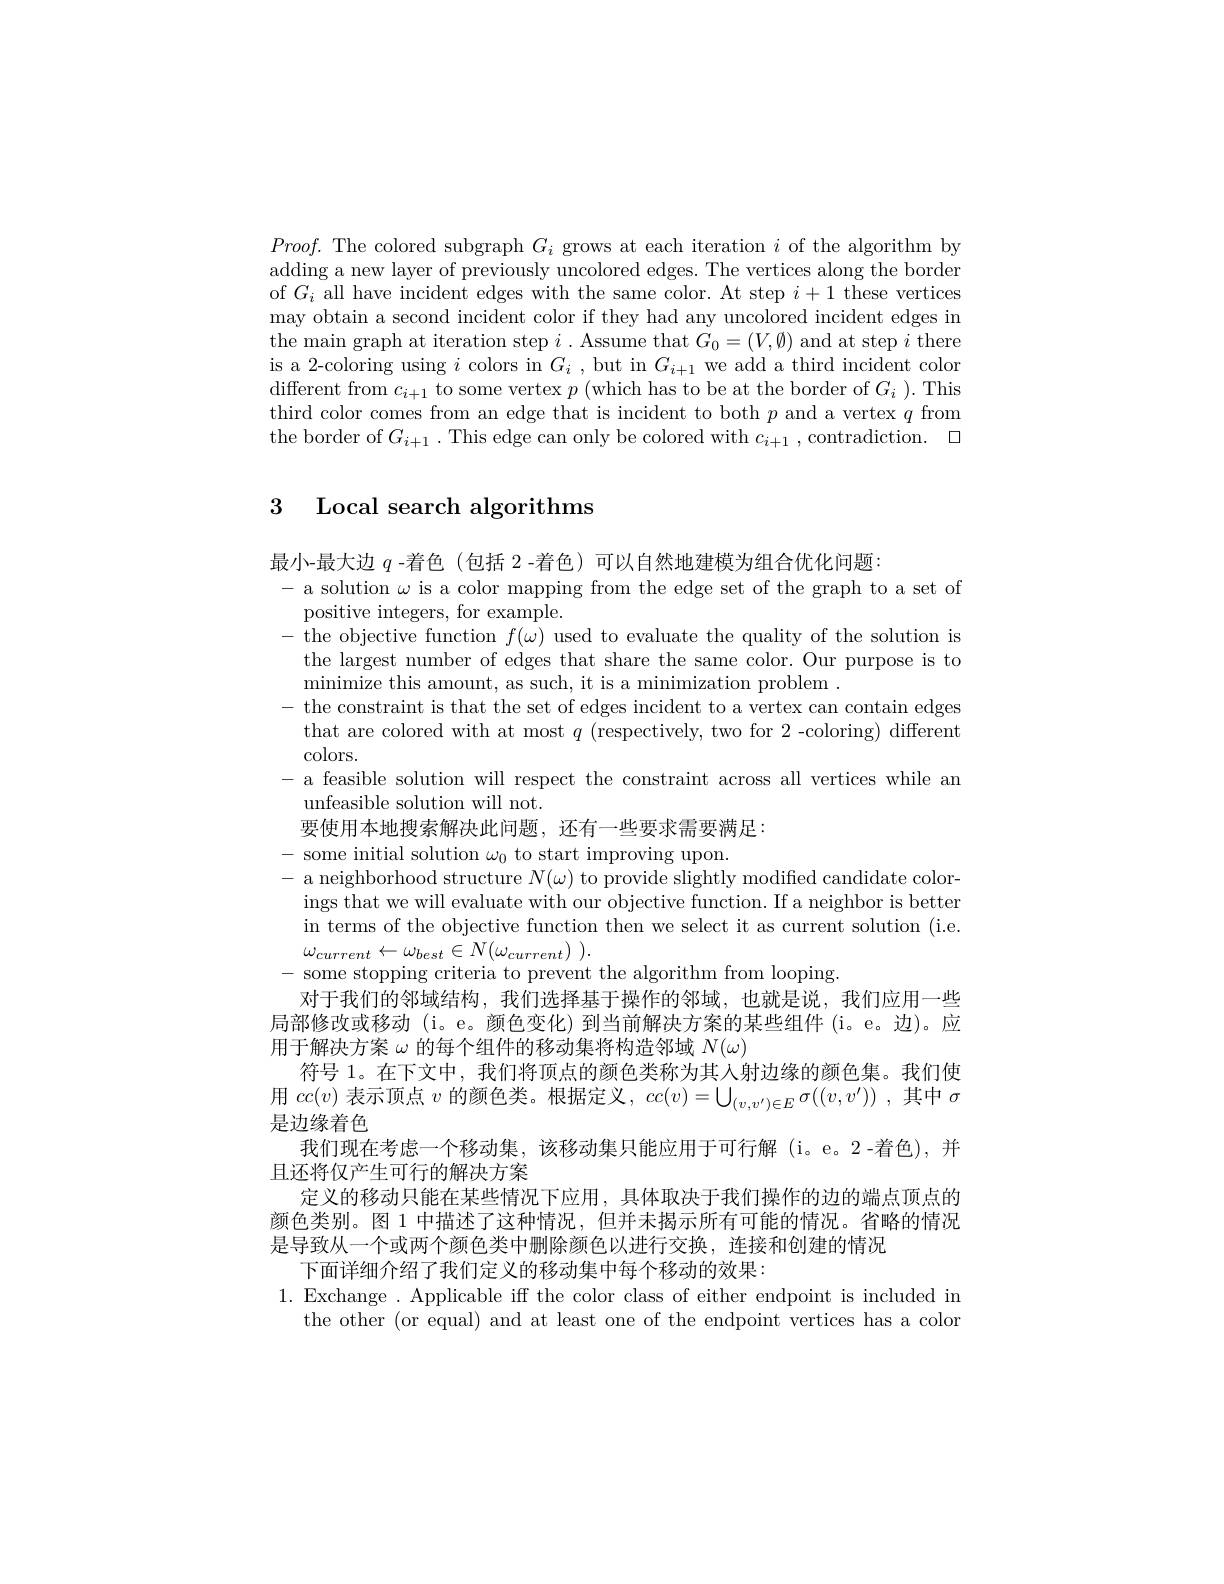
$Proof.$ The colored subgraph $G_i$ grows at each iteration $i$ of the algorithm by adding a new layer of previously uncolored edges. The vertices along the border of $G_i$ all have incident edges with the same color. At step $i+1$ these vertices may obtain a second incident color if they had any uncolored incident edges in the main graph at iteration step $i.$ Assume that $G_0=(V,\emptyset)$ and at step $i$ there is a 2-coloring using $i$ colors in $G_i$, but in $G_i+1$ we add a third incident color ${\mathrm{different~from~}c_{i+1}\text{ to some vertex }p}\left({\mathrm{which~has~to~be~at~the~border~of~}G_{i}}\right).{\mathrm{This}}$ third color comes from an edge that is incident to both $p$ and a vertex $q$ from the border of $G_i+1.$ This edge can only be colored with $c_i+1$,contradiction.

## 3 Local search algorithms

最小-最大边$q$ -着色(包括 2 -着色)可以自然地建模为组合优化问题：
- a solution $\omega$ is a color mapping from the edge set of the graph to a set of
positive integers, for example.
- the objective function $f(\omega)$ used to evaluate the quality of the solution is
the largest number of edges that share the same color. Our purpose is to
minimize this amount, as such, it is a minimization problem .
- the constraint is that the set of edges incident to a vertex can contain edges
that are colored with at most $q$ (respectively, two for 2-coloring) different
$colors.$
- a feasible solution will respect the constraint across all vertices while an
unfeasible solution will not.
要使用本地搜索解决此问题，还有一些要求需要满足：
- some initial solution $\omega_0$ to start improving upon.
- a neighborhood structure $N(\omega)$ to provide slightly modified candidate color-
ings that we will evaluate with our objective function. If a neighbor is better in terms of the objective function then we select it as current solution (i.e $\omega _{current}\leftarrow \omega _{best}\in N( \omega _{current})$ ).
- some stopping criteria to prevent the algorithm from looping
对于我们的邻域结构，我们选择基于操作的邻域，也就是说，我们应用一些局部修改或移动 (i。e。颜色变化) 到当前解决方案的某些组件 (i。e。边)。应用于解决方案$\omega$的每个组件的移动集将构造邻域$N(\omega)$
符号 1。在下文中，我们将顶点的颜色类称为其人射边缘的颜色集。我们使用$cc(v)$表示顶点$v$的颜色类。根据定义，$cc(v)=\bigcup_(v,v^{\prime})\in E\sigma((v,v^{\prime}))$ ,其中$\sigma$ 是边缘着色
我们现在考虑一个移动集，该移动集只能应用于可行解(i。e。2-着色),并
且还将仅产生可行的解决方案
定义的移动只能在某些情况下应用，具体取决于我们操作的边的端点顶点的颜色类别。图 1 中描述了这种情况，但并未揭示所有可能的情况。省略的情况是导致从一个或两个颜色类中删除颜色以进行交换，连接和创建的情况
下面详细介绍了我们定义的移动集中每个移动的效果：
1. Exchange . Applicable iff the color class of either endpoint is included in
the other (or equal) and at least one of the endpoint vertices has a color